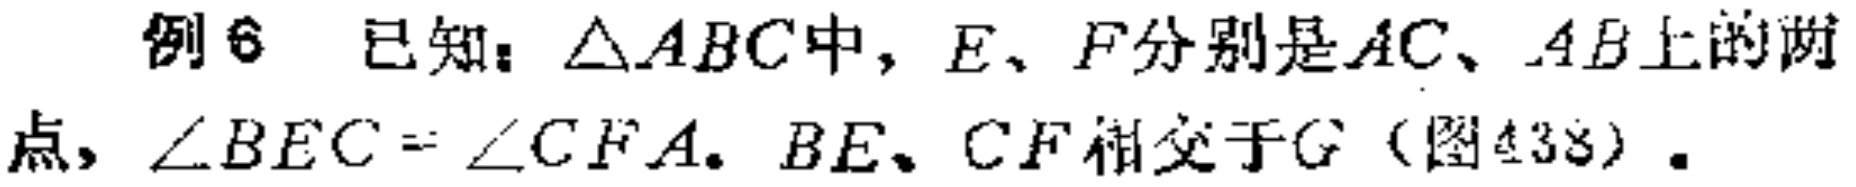
例6 已知：$\triangle ABC$中，$E、F$分别是$AC、AB$上的两点，$\angle BEC = \angle CFA$. $BE、CF$相交于$G$（图438）.